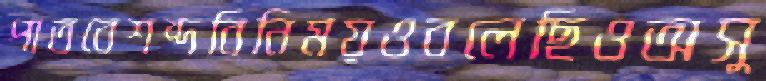
পাতবেশব্দবিনিময়ওবলেছিওঅসু